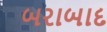
બરાબાદ